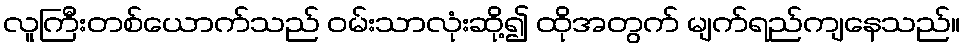
လူကြီးတစ်ယောက်သည် ဝမ်းသာလုံးဆို့၍ ထိုအတွက် မျက်ရည်ကျနေသည်။